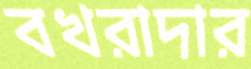
বখরাদার